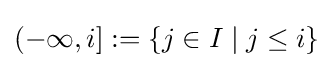
(-\infty ,i]:=\{j\in I\mid j\leq i\}